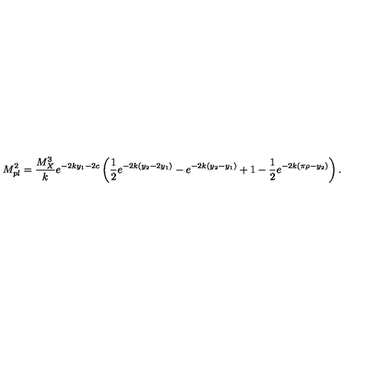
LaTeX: M _ { p l } ^ { 2 } = { \frac { M _ { X } ^ { 3 } } { k } } e ^ { - 2 k y _ { 1 } - 2 c } \left( { \frac { 1 } { 2 } } e ^ { - 2 k ( y _ { 2 } - 2 y _ { 1 } ) } - e ^ { - 2 k ( y _ { 2 } - y _ { 1 } ) } + 1 - { \frac { 1 } { 2 } } e ^ { - 2 k ( \pi \rho - y _ { 2 } ) } \right) . \,